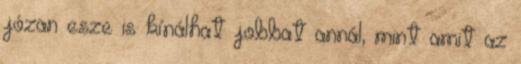
józan esze is kínálhat jobbat annál, mint amit az